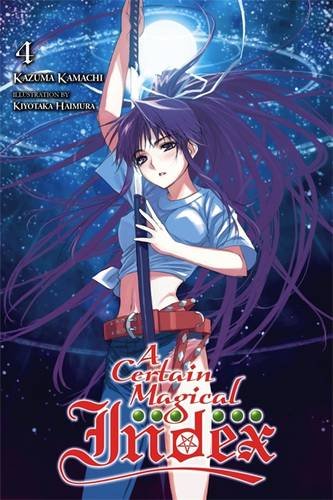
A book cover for A Certain Magical Index, Vol. 4; Kazuma Kamachi; Comics & Graphic Novels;